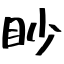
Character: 眇